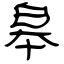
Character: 皋